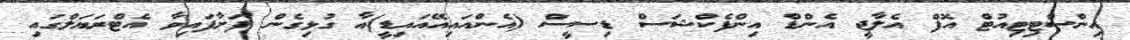
އިންސްޓިޓިއުޓް އޮފް އެލާޖީ އެންޑް އިންފެކްޝަސް ޑިސީސް (އެންއައިއޭއައިޑީ)އާ ގުޅިގެން ފަށާފައިވާ އެޓްރަޔަލްގައި